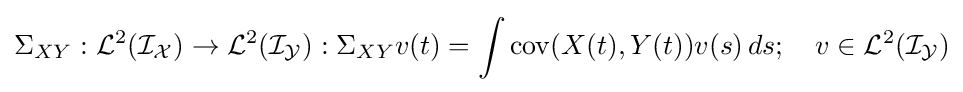
\Sigma _{XY}:{\mathcal {L}}^{2}({\mathcal {I_{X}}})\rightarrow {\mathcal {L}}^{2}({\mathcal {I_{Y}}}):\Sigma _{XY}v(t)=\int \operatorname {cov} (X(t),Y(t))v(s)\,ds;\quad v\in {\mathcal {L}}^{2}({\mathcal {I_{Y}}})